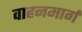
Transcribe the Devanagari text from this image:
वाहनमार्ग